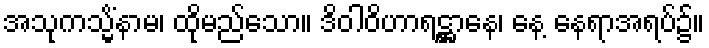
အသုကသ္မိံနာမ၊ ထိုမည်သော။ ဒိဝါဝိဟာရဋ္ဌာနေ၊ နေ့ နေရာအရပ်၌။